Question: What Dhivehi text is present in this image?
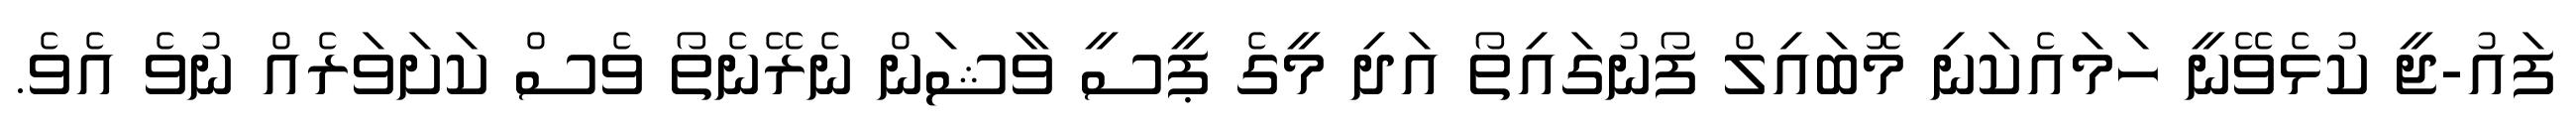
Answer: ފައު-ޖީ ކުޅެވޭނީ ހަމައެކަނި މޮބައިލް ފޯނުގައިތޯ އަދި މީގެ ޕީސީ ވާޝަން ނެރޭނެތޯ ވެސް ކަށަވަރެއް ނުވެ އެވެ.